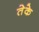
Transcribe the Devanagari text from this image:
तेके